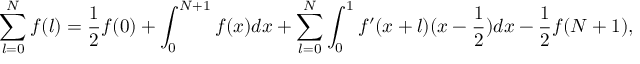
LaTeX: \sum _ { l = 0 } ^ { N } f ( l ) = \frac { 1 } { 2 } f ( 0 ) + \int _ { 0 } ^ { N + 1 } f ( x ) d x + \sum _ { l = 0 } ^ { N } \int _ { 0 } ^ { 1 } f ^ { \prime } ( x + l ) ( x - \frac { 1 } { 2 } ) d x - \frac { 1 } { 2 } f ( N + 1 ) ,